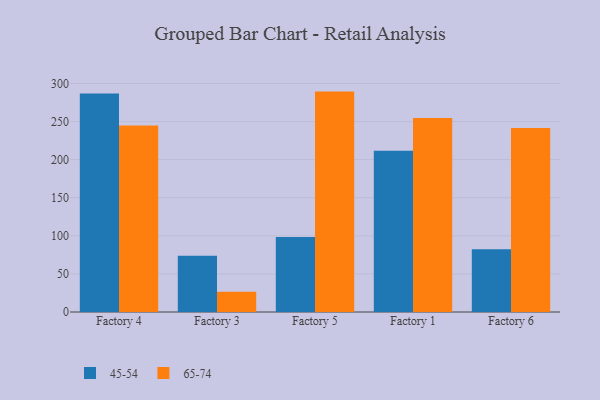
{"axis": {"x": "Factory", "y": "Bounce Rate (%)"}, "legend": ["45-54", "65-74"], "data": [{"x": "Factory 4", "y": 286.7, "type": "45-54"}, {"x": "Factory 4", "y": 244.9, "type": "65-74"}, {"x": "Factory 3", "y": 73.9, "type": "45-54"}, {"x": "Factory 3", "y": 26.7, "type": "65-74"}, {"x": "Factory 5", "y": 98.5, "type": "45-54"}, {"x": "Factory 5", "y": 289.3, "type": "65-74"}, {"x": "Factory 1", "y": 211.7, "type": "45-54"}, {"x": "Factory 1", "y": 254.5, "type": "65-74"}, {"x": "Factory 6", "y": 82.5, "type": "45-54"}, {"x": "Factory 6", "y": 241.5, "type": "65-74"}]}